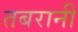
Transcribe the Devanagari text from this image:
तबरानी